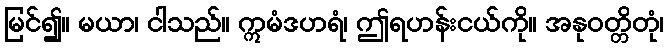
မြင်၍။ မယာ၊ ငါသည်။ ဣမံဒဟရံ၊ ဤရဟန်းငယ်ကို။ အနုဝတ္တိတုံ၊